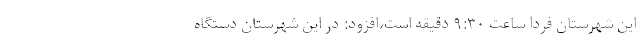
این شهرستان فردا ساعت ۹:۳۰ دقیقه است،افزود: در این شهرستان دستگاه